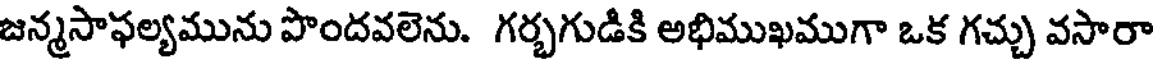
జన్మసాఫల్యమును పొందవలెను. గర్భగుడికి అభిముఖముగా ఒక గచ్చు వసారా